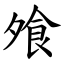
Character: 飧